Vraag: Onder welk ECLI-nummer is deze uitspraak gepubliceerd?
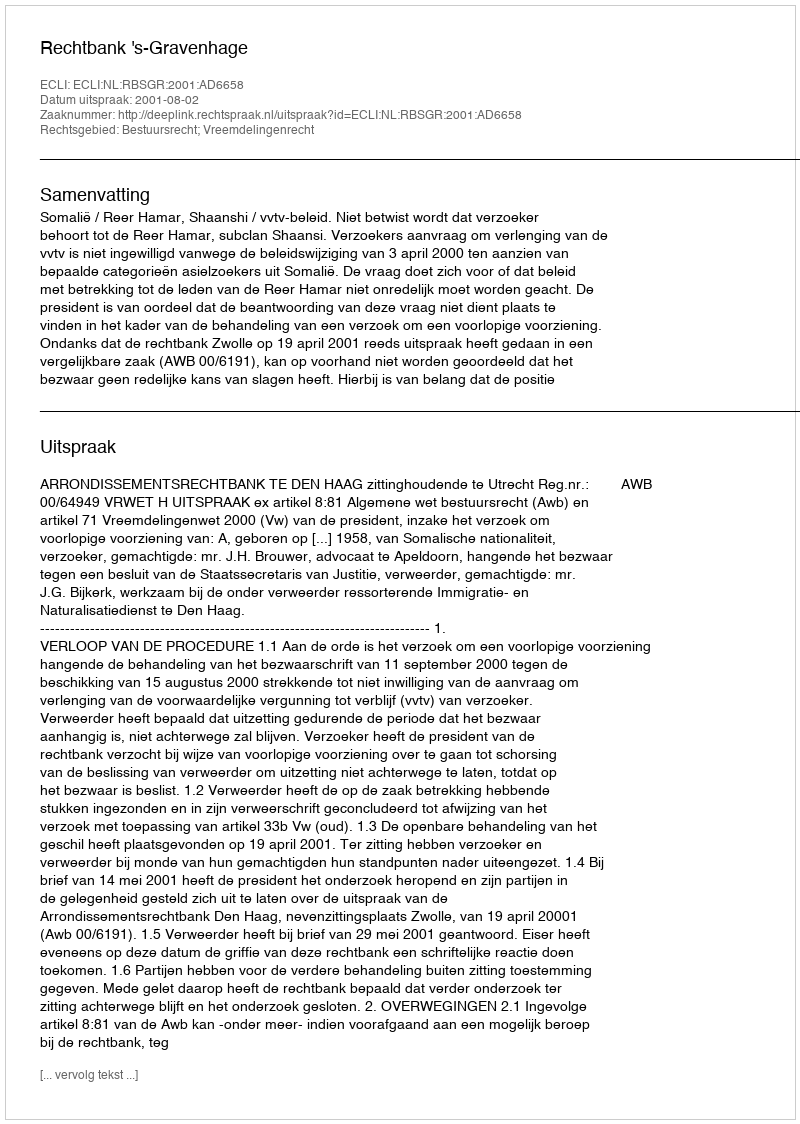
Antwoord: ECLI:NL:RBSGR:2001:AD6658